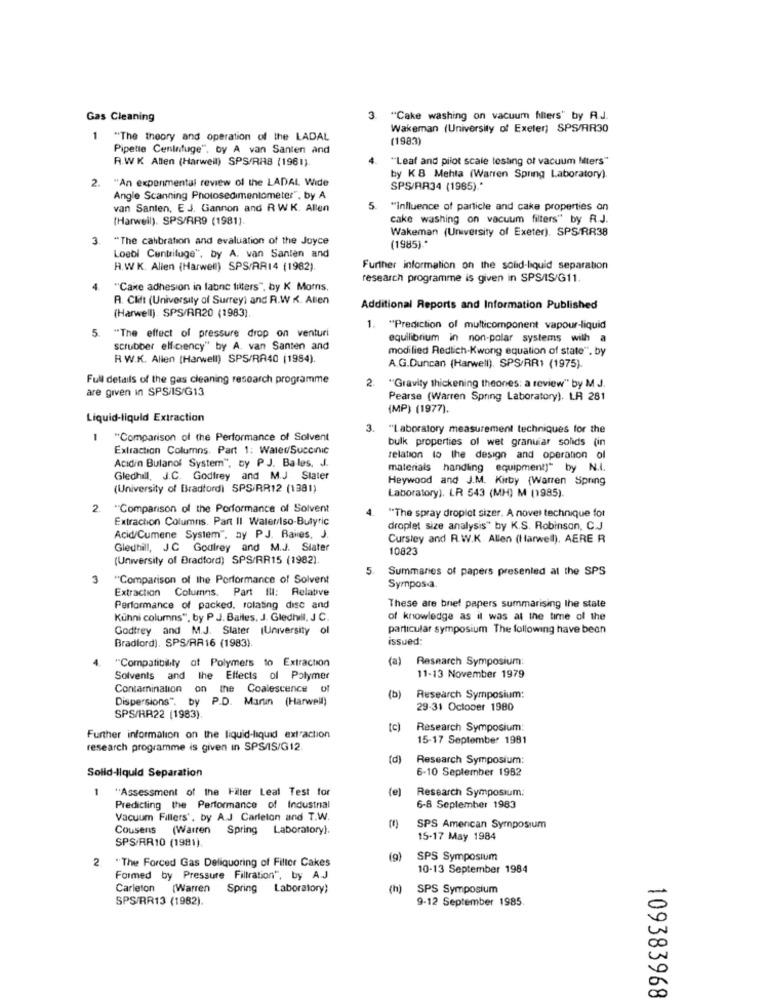
Gas Cleaning
3. "Cake washing on vacuum fillers" by A.J.
Wakeman (University of Exeter) SPS/RR30
1
"The theory and operation of the LADAL
(1983)
Pipette Ceninfuge", by A van Santen and
R.W.K Allen (Harwell) SPS/RAB (1961).
""Leaf and pilot scale testing of vacuum Miters"
2.
"An experimental review of the LADAL Wide
by K B Mehla (Warren Spring Laboratory).
SPS/AR34 (1985) .*
Angle Scanning Photosedimentometer", by A
van Santen, E J. Gannon and RWK. Allen
5.
"Influence of particle and cake properties on
(Harwell). SPS/RR9 (1981).
cake washing on vacuum filters" by R.J.
Wakeman (University of Exeter). SPS/RR38
. "The calibration and evaluation of the Joyce
(1985) .*
Loebl Centrifuge", by A. van Santen and
H.W K. Allen (Harwell) SPS/AR14 (1982).
Further information on the solid-liquid separation
research programme is given in SPS/IS/G11.
""Cake adhesion in labne tilters", by K Moms.
R. Clift (University of Surrey) and R.W . Atien
(Harwell) SPS/RR20 (1983).
Additional Reports and Information Published
1.
"Prediction of multicomponent vapour-liquid
5. "The effect of pressure drop on venturi
equilibrium in non-polar systems with a
scrubber elfcency" by A. van Santen and
modified Redlich-Kwong equation of state", by
R W.K. Allen (Harwell) SPS/RA40 (1984).
A.G.Duncan (Harwell). SPS/RR1 (1975).
Full details of the gas cleaning research programme
are given in SPS/IS/G13
2. "Gravity thickening theones: a review" by M J.
Pearse (Warren Spring Laboratory). LR 281
(MP) (1977).
Liquid-liquid Extraction
3. "Laboratory measurement techniques for the
"Comparison of the Performance of Solvent
bulk properties of wet granuiar solids (in
Extraction Columns. Part 1: Water/Succinic
Acidin Bulanof System", by P J. Bales, J.
relation to the design and operation of
materials handling equipment)" by N.I.
Gledhill, J.C. Godfrey and M.J Slater
Heywood and J.M. Kirby {Warren Spring
(University of Bradford) SPS/RR12 (1381)
Laboratory), LR 543 (MH) M (1985).
2.
"Comparison of the Performance of Solvent
Extraction Columns. Part II Water/Iso-Butyric
"The spray droplet sizer. A novel technique for
droplet size analysis" by K.S. Robinson, C.J
Acid/Cumene System", ny PJ. Baies, J.
Cursley and R.W.K. Allen (Harwell), AERE R
Gledhill, J.C Goulrey and M.J. Slater
10823
(University of Bradford) SPS/RR15 (1982).
5
Summaries of papers presented at the SPS
3
"Comparison of the Performance of Solvent
Extraction Columns. Part Il: Relative
Sympos.a.
Performance of packed, rolating disc and
These are brief papers summarising the state
Kühni columns", by P J. Bailes, J. Gledhill, J C.
of knowledge as it was at the time of the
Godtrey and M.J. Slater (University of
particular symposium The following have been
Bradford). SPS/RR16 (1983).
issued:
"Compatibility of Polymers to Extraction
(a)
Research Symposium:
Solvents and the Effects of Polymer
11-13 November 1979
Contamination on the Coalescence of
Dispersions", by P.D. Marun (Harwell)
(b)
Research Symposium:
29-31 October 1980
SPS/RR22 (1983).
(c)
Research Symposium:
Further information on the liquid-liquid extraction
15-17 September 1981
research programme is given in SPS/S/G12.
(d)
Research Symposium:
Solid-liquid Separation
6-10 September 1982
"Assessment of the Filter Leal Test for
(e)
Research Symposium:
Predicting the Performance of Industrial
6-8 September 1983
Vacuum Fillers', by A.J Carleton and T.W.
Cousens (Warren Spring Laboratory).
SPS American Symposium
SPS/RR10 (1981).
15-17 May 1984
(9)
SPS Symposium
2 "The Forced Gas Deliquoring of Fillor Cakes
10-13 September 1984
Formed by Pressure Filtration", by A.J
Carleton (Warren
Spring Laboratory)
(h)
SPS Symposium
SPS/RR13 (1982).
9-12 September 1985.
109383968